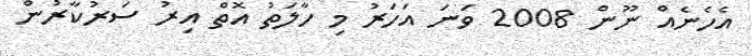
އެހެނެއް ނޫން 2008 ވަނަ އަހަރު މި ހާލަތު އޮތް އިރު ސަރުކާރުން